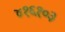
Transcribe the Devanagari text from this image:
४१६१०३